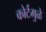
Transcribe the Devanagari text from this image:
कोर्टमुळे